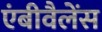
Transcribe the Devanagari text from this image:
एंबीवैलेंस